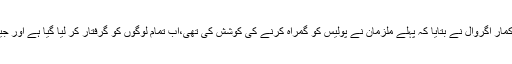
ایس پی سٹی راج کمار اگروال نے بتایا کہ پہلے ملزمان نے پولیس کو گمراہ کرنے کی کوشش کی تھی،اب تمام لوگوں کو گرفتار کر لیا گیا ہے اور جیل بھیج دیاگیا ہے۔